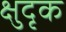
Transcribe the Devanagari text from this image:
क्षुदृक